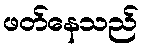
ဖတ်နေသည်